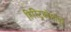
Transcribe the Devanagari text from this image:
हिस्ट्रिकोमॉर्फ़ा